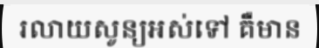
រលាយសូន្យអស់ទៅ គឺមាន